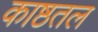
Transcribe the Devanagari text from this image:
काष्ठतल